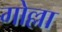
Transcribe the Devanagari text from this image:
गोल्ला